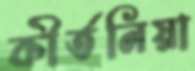
কীর্তনিয়া